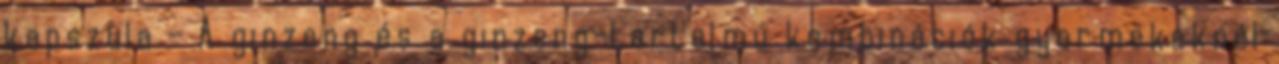
kapszula - A ginzeng és a ginzeng-tartalmú kombinációk gyermekeknél